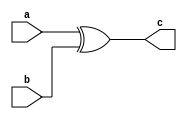
module xor_dl(a, b, c);
input a, b;
output c;
assign c=a ^ b;
endmodule

module xor_tb;
reg p, q;
wire r;
xor_dl o1(p, q, r);
initial
begin
    p=1'b0;
    q=1'b0;
    $monitor("Time:%0t a=%b b=%b c=%b", $time, p, q, r);
    #5 p=1'b0; q=1'b0;
    #5 p=1'b0; q=1'b1;
    #5 p=1'b1; q=1'b0;
    #5 p=1'b1; q=1'b1;
end
endmodule